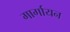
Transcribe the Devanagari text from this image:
गार्गायन